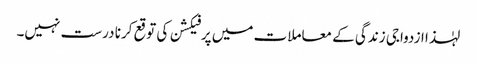
لہٰذا ازدواجی زندگی کے معاملات میں پرفیکشن کی توقع کرنا درست نہیں۔